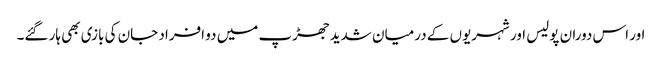
اور اس دوران پولیس اور شہریوں کے درمیان شدید جھڑپ میں دو افراد جان کی بازی بھی ہار گئے۔